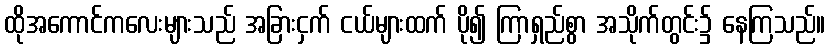
ထိုအကောင်ကလေးများသည် အခြားငှက် ငယ်များထက် ပို၍ ကြာရှည်စွာ အသိုက်တွင်း၌ နေကြသည်။